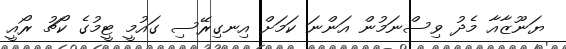
ޔަނޫޒާއާ މެދު ވިސްނަމުން އަންނަ ކަމަށް އިނގިރޭސި ގައުމީ ޓީމުގެ ކޯޗު ރޯއީ